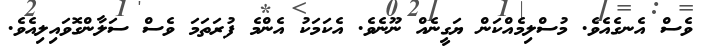
ވެސް އެނގެއެވެ. މުސްލިމެއްކަން ޔަގީނެއް ނޫނެވެ. އެކަމަކު އެންމެ ފުރަތަމަ ވެސް ސަލާންގޮވައިލިއެވެ.